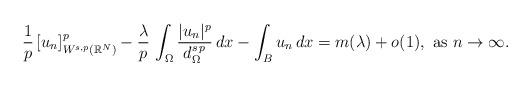
LaTeX: \begin{align*}\frac{1}{p}\,[u_n]^p_{W^{s,p}(\mathbb{R}^N)}-\frac{\lambda}{p}\,\int_\Omega \frac{|u_n|^p}{d_\Omega^{s\,p}}\,dx-\int_B u_n\,dx=m(\lambda)+o(1),\mbox{ as }n\to \infty.\end{align*}